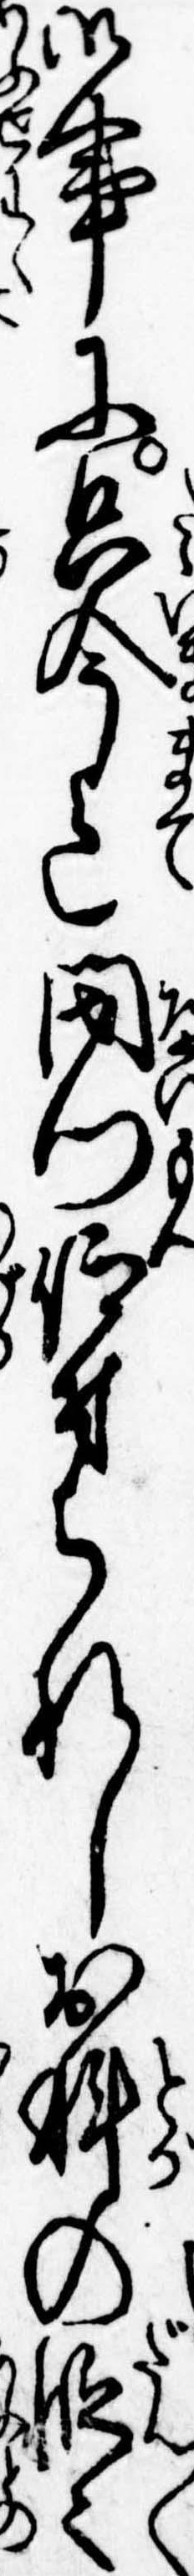
御事に只今迄閉門仰付られしお科の段々